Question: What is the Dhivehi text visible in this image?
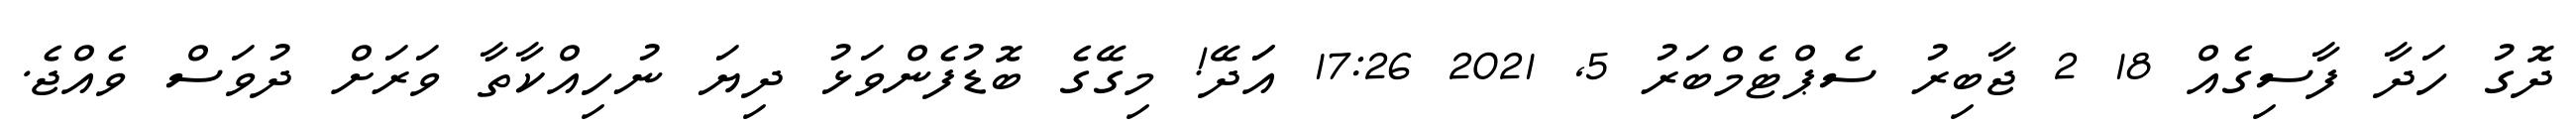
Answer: ދޮގު ހަދާ ފާސިގެއް 18 2 ޖާބިރު ސެޕްޓެމްބަރު 5, 2021 17:26 އަަދޭ! މިގޭގެ ބޮޑުފެންވަޅު ދިޔަ ނުހިއްކާތާ ވަރަށް ދުވަސް ވެއްޖެ.